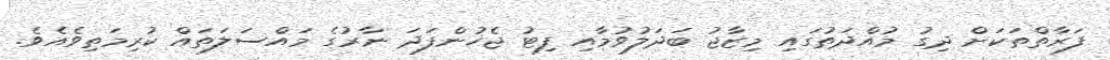
ފަރާތްތަކަށް ދިގު މުއްދަތުގައި މިޒާޖު ބަދަލުވުމާއި ފިޓު ޖެހުންފަދަ ނާރުގެ މައްސަލަތައް ކުރިމަތިވެއެވެ.